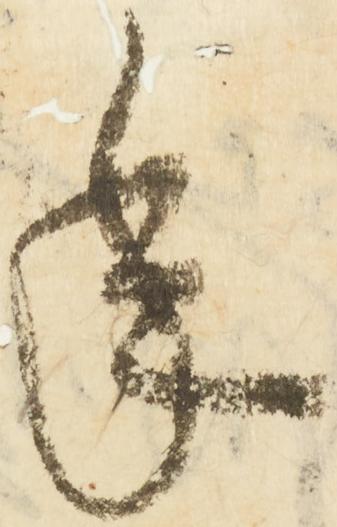
年